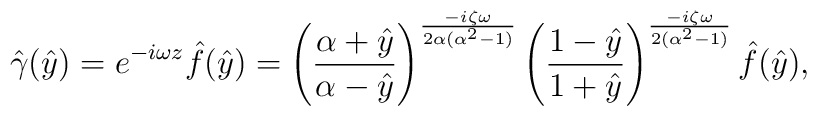
\hat{\gamma}(\hat{y}) = e^{-i \omega z} \hat{f}(\hat{y}) = \left(  \frac{\alpha+\hat{y}}{\alpha-\hat{y}} \right)^{\frac{-i \zeta  \omega}{2 \alpha (\alpha^2-1)}} \left( \frac{1-\hat{y}}{1+\hat{y}}  \right)^{\frac{-i \zeta \omega}{2 (\alpha^2-1)}} \hat{f}(\hat{y}),